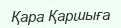
Қара Қаршыға